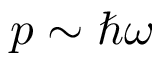
p \sim \hbar \omega